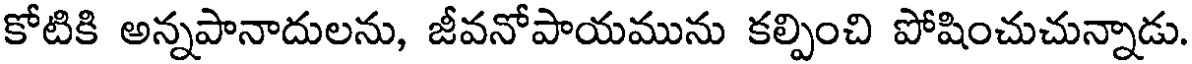
కోటికి అన్నపానాదులను, జీవనోపాయమును కల్పించి పోషించుచున్నాడు